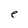
Character: e